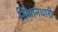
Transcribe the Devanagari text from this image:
निशानधारी